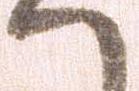
へ